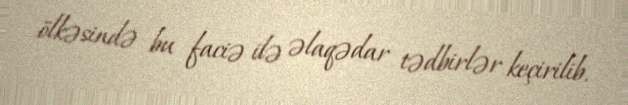
ölkəsində bu faciə ilə əlaqədar tədbirlər keçirilib.